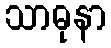
သာဓုနာ